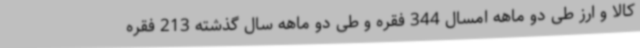
کالا و ارز طی دو ماهه امسال 344 فقره و طی دو ماهه سال گذشته 213 فقره